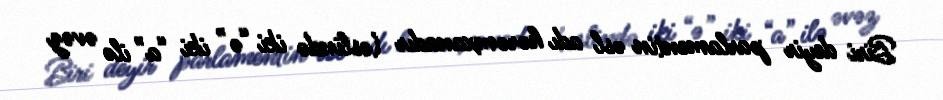
Biri deyir parlamentin əsl adı hərəmxanadır (əslində iki “ə” iki “a” ilə əvəz